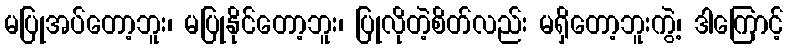
မပြုအပ်တော့ဘူး၊ မပြုနိုင်တော့ဘူး၊ ပြုလိုတဲ့စိတ်လည်း မရှိတော့ဘူးကွဲ့၊ ဒါကြောင့်